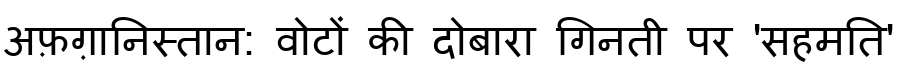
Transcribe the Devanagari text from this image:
अफ़ग़ानिस्तान: वोटों की दोबारा गिनती पर 'सहमति'